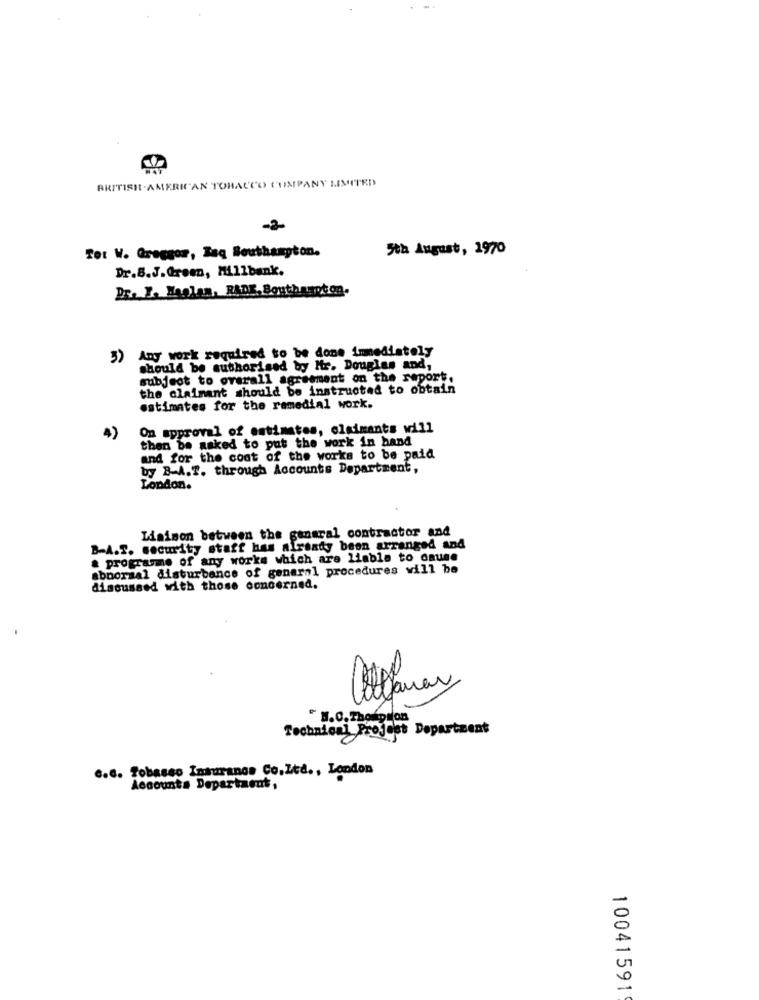
BRITISH-AMERICAN TOBACCO COMPANY LIMITED
Tot W. Greggor, Baq Southampton.
5th August, 1970
Dr.B.J.Green, Millbank.
Dr. Y. Maplan, BADE. Southampton.
3) Any work required to be done immediately
should be authorised by Mr. Douglas and,
subject to overall agreement on the report.
the claimant should be instructed to obtain
estimates for the remedial work.
On approval of estimates, claimants will
4)
then be asked to put the work in hand
and for the coat of the works to be paid
by B-A.T. through Accounts Department,
London.
Liaison between the general contractor and
B-A.S. security staff has already been arranged and
& programme of any works which are liable to cause
abnormal disturbance of general procedures will be
discussed with those concerned.
Villamar
" H.0.Thoption
Technical Project Department
c.e. Zobasso Insurance Co.Ltd ., London
Accounts Department,
10041591